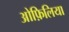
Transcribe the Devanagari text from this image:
ओफ़िलिया